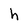
Character: h